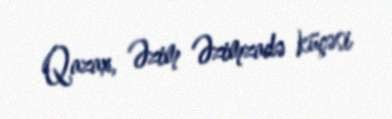
Qazax, Əzim Əzimzadə küçəsi